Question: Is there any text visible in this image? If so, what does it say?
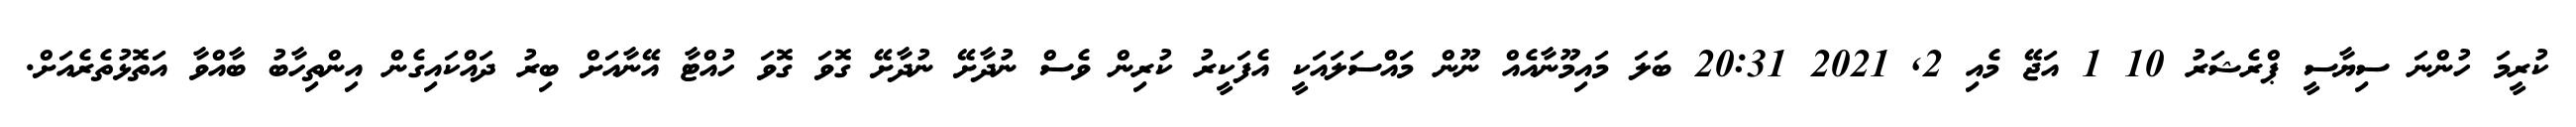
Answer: ކުރީމަ ހުންނަ ސިޔާސީ ޕްރެޝަރު 10 1 އަޖޭ މެއި 2, 2021 20:31 ބަލަ މައިމޫނާއެއް ނޫން މައްސަލައަކީ އެފަކީރު ކުރިން ވެސް ނުދާށޭ ނުދާށޭ ގޮވަ ގޮވަ ހުއްޓާ އޭނާއަށް ބިރު ދައްކައިގެން އިންތިހާބު ބާއްވާ އަތޮޅުތެރެއަށް.